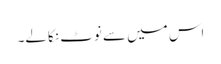
اس میں سے نوٹ نکالے۔